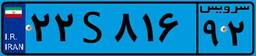
۵۰S۸۴۵۳۷